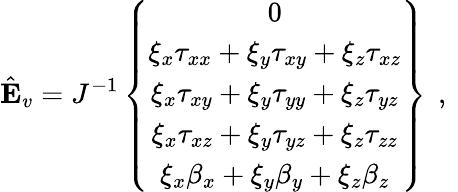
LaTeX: \hat{\mathbf{E}}_{v}=J^{-1}\left\{ \begin{array}{c}{0}\\ {\xi_{x}{\tau}_{xx}+\xi_{y}{\tau}_{xy}+\xi_{z}{\tau}_{xz}}\\ {\xi_{x}{\tau}_{xy}+\xi_{y}{\tau}_{yy}+\xi_{z}{\tau}_{yz}}\\ {\xi_{x}{\tau}_{xz}+\xi_{y}{\tau}_{yz}+\xi_{z}{\tau}_{zz}}\\ {\xi_{x}{\beta}_{x}+\xi_{y}{\beta}_{y}+\xi_{z}{\beta}_{z}}\end{array}\right\} \, \mathrm{~,~}